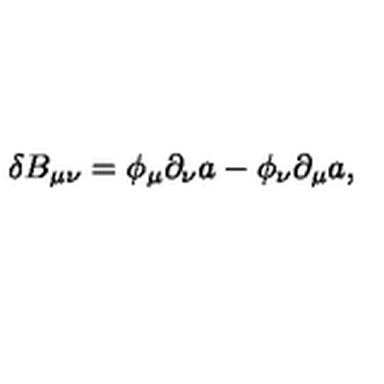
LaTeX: \delta B _ { \mu \nu } = \phi _ { \mu } \partial _ { \nu } a - \phi _ { \nu } \partial _ { \mu } a ,